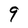
Character: 9